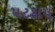
પટકાય